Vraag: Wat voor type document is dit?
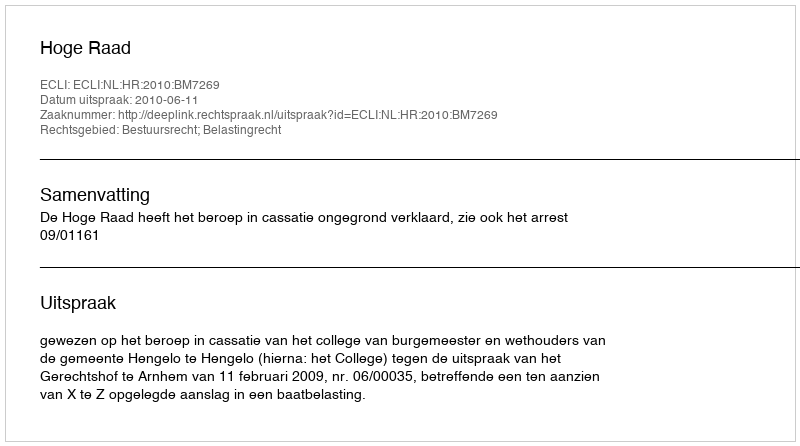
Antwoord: Uitspraak